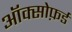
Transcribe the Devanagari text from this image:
ऑक्सोफ़र्ड